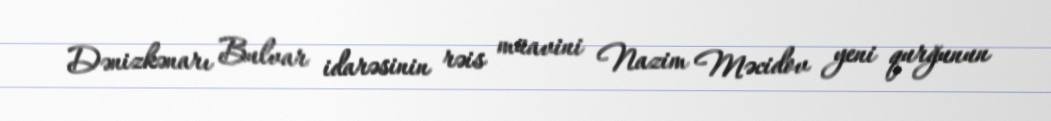
Dənizkənarı Bulvar idarəsinin rəis müavini Nazim Məcidov yeni qurğunun